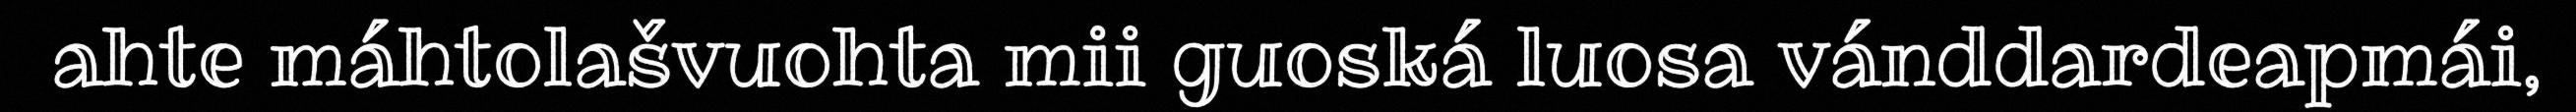
ahte máhtolašvuohta mii guoská luosa vánddardeapmái,